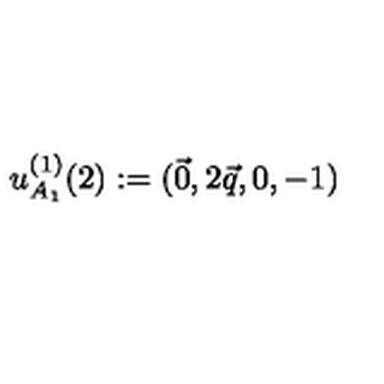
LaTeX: u _ { A _ { 1 } } ^ { ( 1 ) } ( 2 ) : = ( \vec { 0 } , 2 \vec { q } , 0 , - 1 )